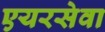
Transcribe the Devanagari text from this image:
एयरसेवा